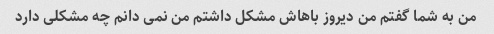
من به شما گفتم من دیروز باهاش ​​مشکل داشتم من نمی دانم چه مشکلی دارد